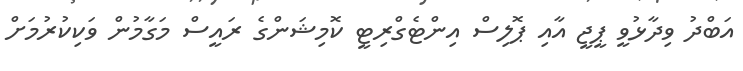
އަބްދު ވިދާޅުވީ ޕީޖީ އާއި ޕޮލިސް އިންޓެގްރިޓީ ކޮމިޝަންގެ ރައީސް މަގާމުން ވަކިކުރުމަށް